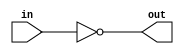
module TC_Not(in, out);
    parameter UUID = 0;
    parameter NAME = "";
    parameter BIT_WIDTH = 1;
    input [BIT_WIDTH-1:0] in;
    output [BIT_WIDTH-1:0] out;
    
    assign out = ~in;
endmodule